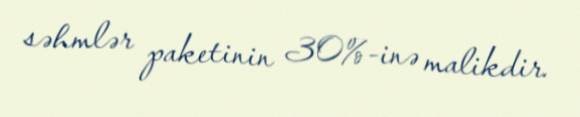
səhmlər paketinin 30%-inə malikdir.